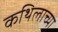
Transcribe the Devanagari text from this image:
कथिलाच्या